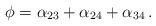
LaTeX: \begin{align*}\phi = \alpha_{23} + \alpha_{24} + \alpha_{34}\,.\end{align*}